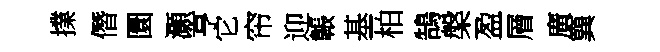
擈僭圜灝亨它帘迎韔基柏鵠槃盈層廣簨